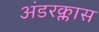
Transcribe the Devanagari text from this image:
अंडरक्लास